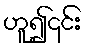
ဟူ၍၎င်း